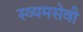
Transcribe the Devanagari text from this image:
स्व्यमसेवी